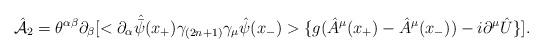
LaTeX: \begin{align*}\hat{\cal A}_2=\theta ^{\alpha \beta }\partial _\beta [< \partial_\alpha \hat {\bar \psi } (x_+)\gamma _{(2n+1)} \gamma _\mu \hat\psi (x_-)>\{g(\hat A^\mu (x_+)-\hat A^\mu (x_-))-i\partial ^\mu\hat U\}]. \end{align*}